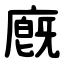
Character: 廐